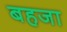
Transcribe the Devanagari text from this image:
बहजा